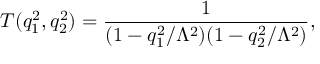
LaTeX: T ( q _ { 1 } ^ { 2 } , q _ { 2 } ^ { 2 } ) = \frac { 1 } { ( 1 - q _ { 1 } ^ { 2 } / \Lambda ^ { 2 } ) ( 1 - q _ { 2 } ^ { 2 } / \Lambda ^ { 2 } ) } ,